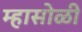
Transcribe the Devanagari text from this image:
म्हासोळी